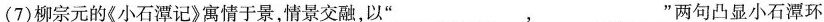
(7)柳宗元的《小石潭记》寓情于景，情景交融，以”___，___”两句凸显小石潭环